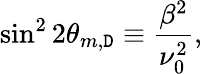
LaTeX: \sin^{2}2\theta_{m,\mathtt{D}}\equiv\frac{{\beta^{2}}}{{\nu_{0}^{2}}},